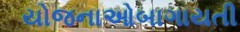
યોજનાઓબાગાયતી